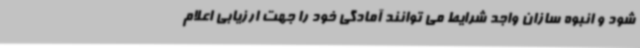
شود و انبوه سازان واجد شرایط می توانند آمادگی خود را جهت ارزیابی اعلام